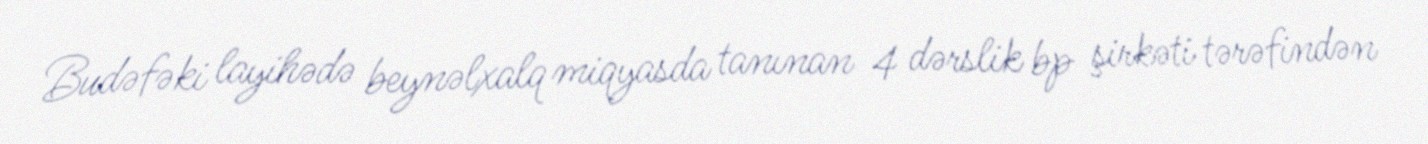
Budəfəki layihədə beynəlxalq miqyasda tanınan 4 dərslik bp şirkəti tərəfindən